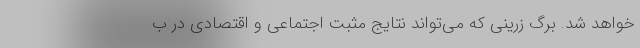
خواهد شد. برگ زرینی که می‌تواند نتایج مثبت اجتماعی و اقتصادی در ب